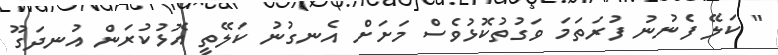
" ކަލޭ ފެނުނު ފުރަތަމަ ވަގުތުކޮޅުވެސް މަށަށް އެނގުނު ކަލޭތީ އޮޅުކުރަން އުނދަގޫ